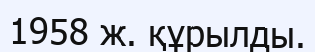
1958 ж. құрылды.